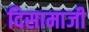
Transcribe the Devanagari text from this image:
दिसामाजी